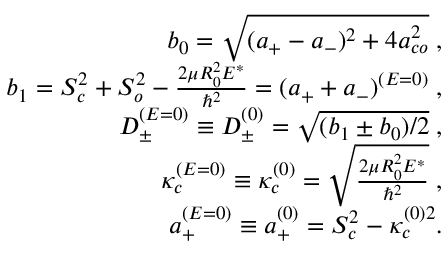
\begin{array} { r l r } & { } & { b _ { 0 } = \sqrt { ( a _ { + } - a _ { - } ) ^ { 2 } + 4 a _ { c o } ^ { 2 } } \; , } \\ & { } & { b _ { 1 } = S _ { c } ^ { 2 } + S _ { o } ^ { 2 } - \frac { 2 \mu R _ { 0 } ^ { 2 } E ^ { * } } { \hbar ^ { 2 } } = ( a _ { + } + a _ { - } ) ^ { ( E = 0 ) } \; , } \\ & { } & { D _ { \pm } ^ { ( E = 0 ) } \equiv D _ { \pm } ^ { ( 0 ) } = \sqrt { ( b _ { 1 } \pm b _ { 0 } ) / 2 } \; , } \\ & { } & { \kappa _ { c } ^ { ( E = 0 ) } \equiv \kappa _ { c } ^ { ( 0 ) } = \sqrt { \frac { 2 \mu R _ { 0 } ^ { 2 } E ^ { * } } { \hbar ^ { 2 } } } \; , } \\ & { } & { a _ { + } ^ { ( E = 0 ) } \equiv a _ { + } ^ { ( 0 ) } = S _ { c } ^ { 2 } - \kappa _ { c } ^ { ( 0 ) 2 } . } \end{array}